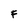
Character: F